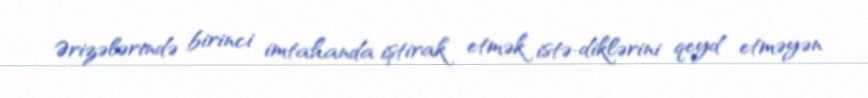
Ərizələrində birinci imtahanda iştirak etmək istə­diklərini qeyd etməyən